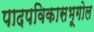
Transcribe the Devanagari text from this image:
पादपविकासभूगोल